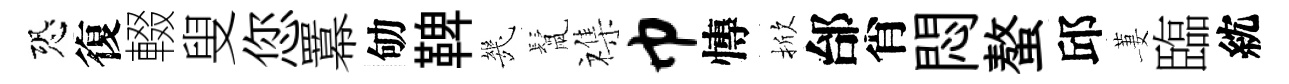
恐復輟叟您羃劬鞞㡬鬛襍巾慱掀邰肖悶螯邱萋臨紞